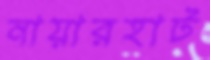
নায়ারহাট